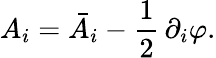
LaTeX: A_{i}=\bar{A}_{i}-\frac{1}{2}\, \partial_{i}\varphi.